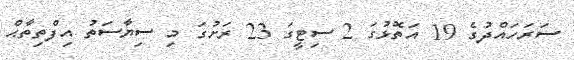
ސަރަހައްދުގެ 19 އަތޮޅުގަ 2 ސިޓީގަ 23 ރަށުގަ މި ސިޔާސަތު އިފްތިތާޙް